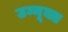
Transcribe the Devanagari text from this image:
उन्मूक्त